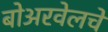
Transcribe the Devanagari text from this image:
बोअरवेलचे